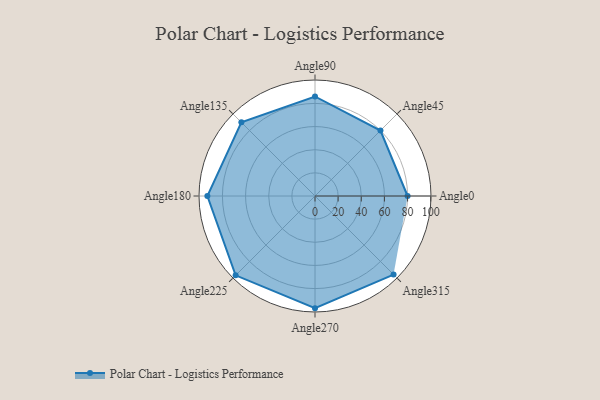
{"axis": {"x": "Angle", "y": "Radius"}, "legend": [""], "data": [{"x": "Angle0", "y": 80.0, "type": ""}, {"x": "Angle45", "y": 80.0, "type": ""}, {"x": "Angle90", "y": 86.0, "type": ""}, {"x": "Angle135", "y": 90.0, "type": ""}, {"x": "Angle180", "y": 93.0, "type": ""}, {"x": "Angle225", "y": 97.0, "type": ""}, {"x": "Angle270", "y": 97.0, "type": ""}, {"x": "Angle315", "y": 96.0, "type": ""}]}